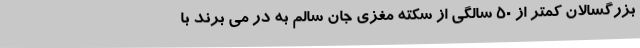
بزرگسالان کمتر از ۵۰ سالگی از سکته مغزی جان سالم به در می برند با